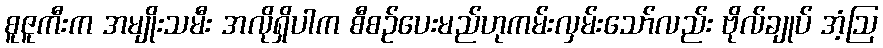
စူဇူကီးက အမျိုးသမီး အလိုရှိပါက စီစဉ်ပေးမည်ဟုကမ်းလှမ်းသော်လည်း ဗိုလ်ချုပ် အံ့ဩ